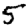
Digit: 5